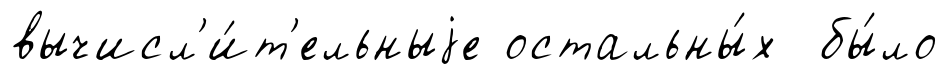
вычисл'и́т'ельныjе остальны́х бы́ло